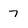
Character: 7